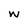
Character: W